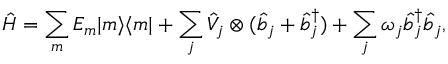
\hat { H } = \sum _ { m } E _ { m } | m \rangle \langle m | + \sum _ { j } \hat { V } _ { j } \otimes ( \hat { b } _ { j } + \hat { b } _ { j } ^ { \dagger } ) + \sum _ { j } \omega _ { j } \hat { b } _ { j } ^ { \dagger } \hat { b } _ { j } ,